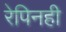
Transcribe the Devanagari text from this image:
रेपिनही